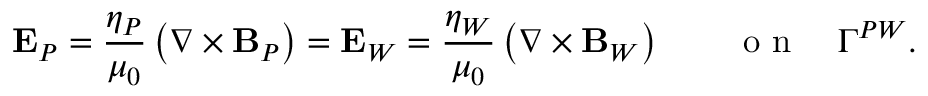
\mathbf E _ { P } = \frac { \eta _ { P } } { \mu _ { 0 } } \left( \nabla \times { \mathbf B _ { P } } \right) = \mathbf E _ { W } = \frac { \eta _ { W } } { \mu _ { 0 } } \left( \nabla \times { \mathbf B _ { W } } \right) \qquad \mathrm { ~ o ~ n ~ } \quad \Gamma ^ { P W } .